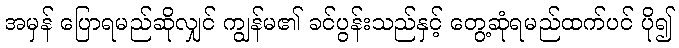
အမှန် ပြောရမည်ဆိုလျှင် ကျွန်မ၏ ခင်ပွန်းသည်နှင့် တွေ့ဆုံရမည်ထက်ပင် ပို၍